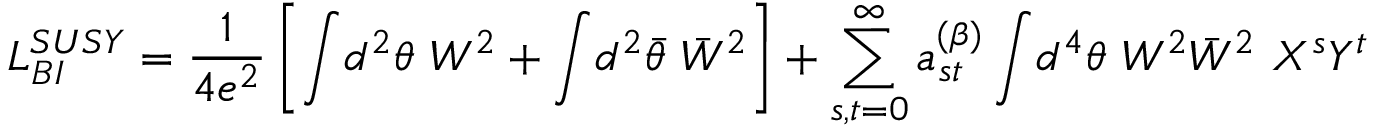
{ \cal L } _ { { B I } } ^ { { S U S Y } } = \frac { 1 } { 4 e ^ { 2 } } \left[ \int \! d ^ { 2 } \theta ~ W ^ { 2 } + \int \! d ^ { 2 } \bar { \theta } ~ \bar { W } ^ { 2 } \right] + \sum _ { s , t = 0 } ^ { \infty } a _ { s t } ^ { ( \beta ) } \int \! d ^ { 4 } \theta ~ W ^ { 2 } \bar { W } ^ { 2 } ~ X ^ { s } Y ^ { t }